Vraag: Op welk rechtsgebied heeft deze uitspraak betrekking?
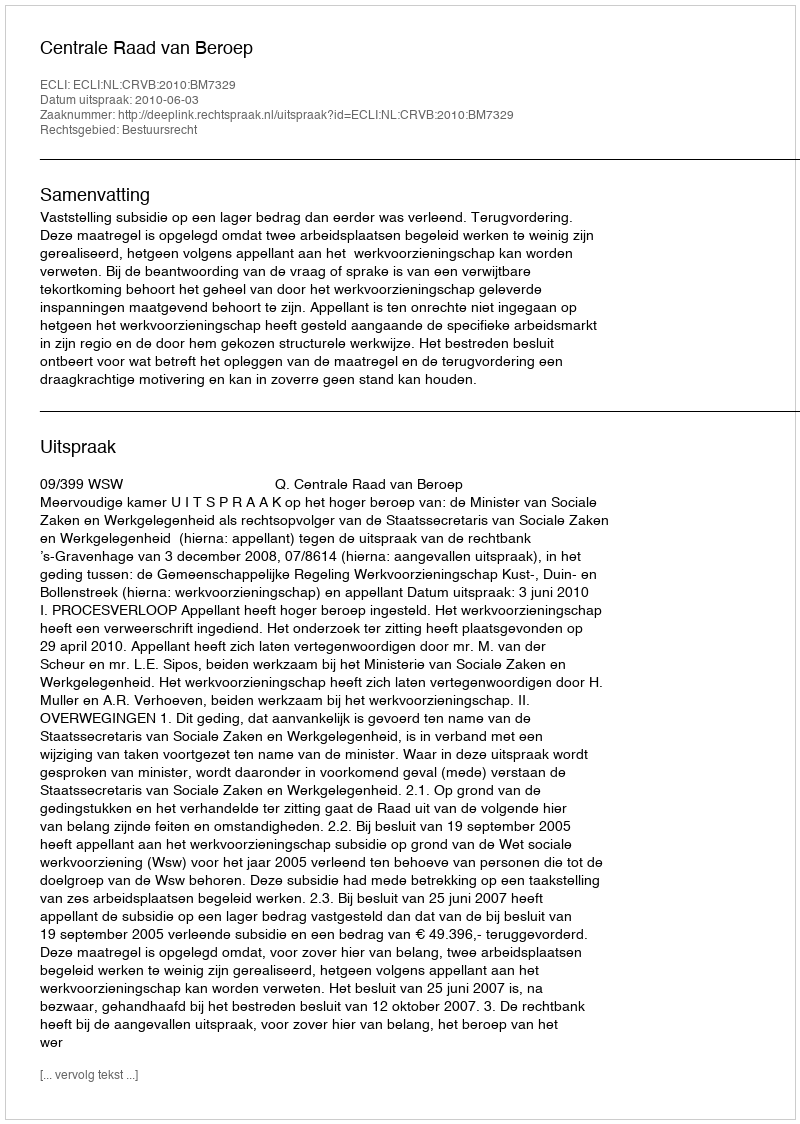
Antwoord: Bestuursrecht